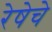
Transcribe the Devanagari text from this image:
रेषेचे